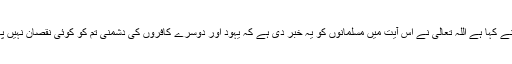
خصوصا یہودیوں سے جن کی نصرت کی تم توقع رکھتے ہو ‘ زجاج نے کہا ہے اللہ تعالیٰ نے اس آیت میں مسلمانوں کو یہ خبر دی ہے کہ یہود اور دوسرے کافروں کی دشمنی تم کو کوئی نقصان نہیں پہنچا سکتی جب کہ اللہ تعالیٰ کی حمایت اور نصرت تمہارے ساتھ ہے۔